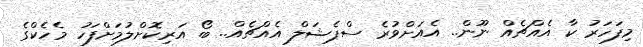
މިފަހަރު ކާ އެއްޗެއް ނޫން.. އެއަށްވުރެ ސްޕެޝަލް އެއްޗެއް.. ބޯ އަރިކޮށްލުމަށްފަހު މެހެކްގެ